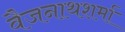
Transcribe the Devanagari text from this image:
वैजनाथशर्मा